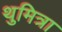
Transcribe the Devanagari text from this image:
थुमित्रा